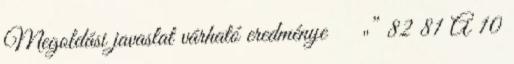
Megoldási javaslat várható eredménye ▪„” 82 81 A 10